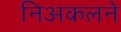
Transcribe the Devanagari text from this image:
निअकलने